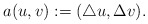
\begin{align*}a(u, v):= (\triangle u, \Delta v).\end{align*}